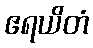
ဧရယိတံ